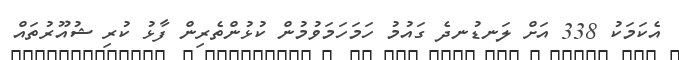
އެކަމަކު 338 އަށް ލަނޑުނދެ ގައުމު ހަމަހަމަވުމުން ކުޅުންތެރިން ފާޅު ކުރި ޝުއޫރުތައް